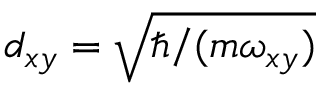
d _ { x y } = \sqrt { \hbar / ( m \omega _ { x y } ) }